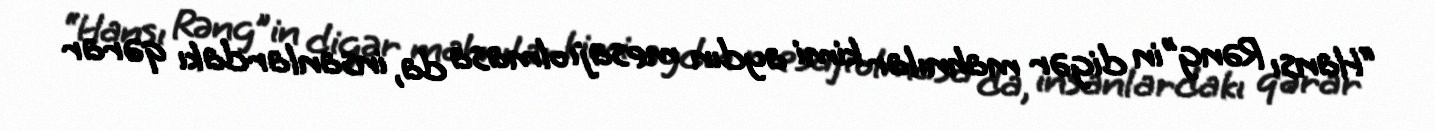
“Hansı Rəng”in digər mahnılar kimi aydın mesajı olmasa da, insanlardakı qərar